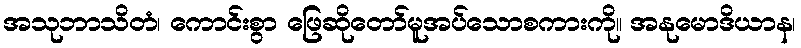
အသုဘာသိတံ၊ ကောင်းစွာ ဖြေဆိုတော်မူအပ်သောစကားကို။ အနုမောဒိယာန၊